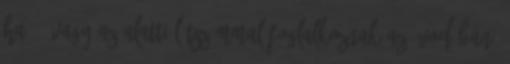
ha 20 vagy az alatti létszámmal foglalkoznak az óvodában,